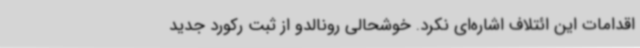
اقدامات این ائتلاف اشاره‌ای نکرد. خوشحالی رونالدو از ثبت رکورد جدید